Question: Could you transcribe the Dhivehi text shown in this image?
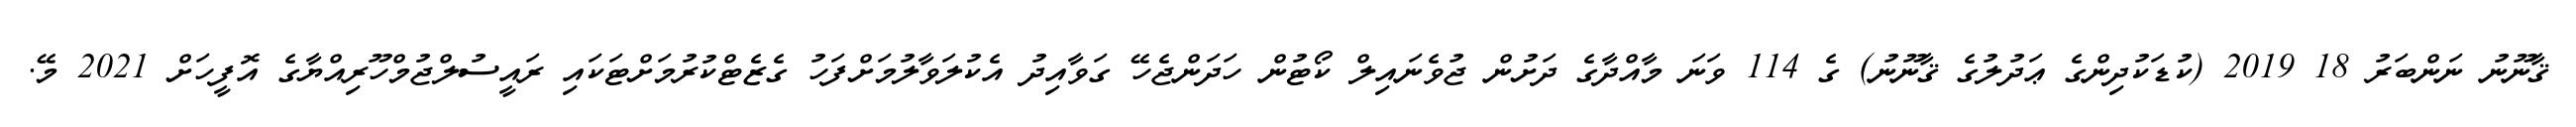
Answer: ޤާނޫނު ނަންބަރު 18 2019 (ކުޑަކުދިންގެ ޢަދުލުގެ ޤާނޫނު) ގެ 114 ވަނަ މާއްދާގެ ދަށުން ޖުވެނައިލް ކޯޓުން ހަދަންޖެހޭ ގަވާއިދު އެކުލަވާލުމަށްފަހު ގެޒެޓްކުރުމަށްޓަކައި ރައީސުލްޖުމްހޫރިއްޔާގެ އޮފީހަށް 2021 މޭ.